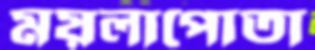
ময়লাপোতা